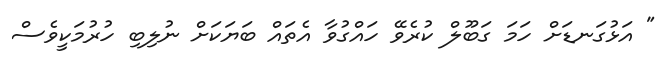
" އަޅުގަނޑަށް ހަމަ ގަބޫލް ކުރެވޭ ހައްގުވާ އެތައް ބަޔަކަށް ނުލިބި ހުރުމަކީވެސް